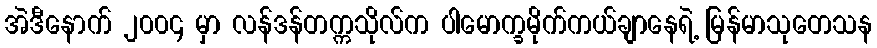
အဲဒီနောက် ၂၀၀၄ မှာ လန်ဒန်တက္ကသိုလ်က ပါမောက္ခမိုက်ကယ်ချာနေရဲ့ မြန်မာသုတေသန